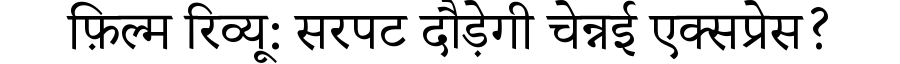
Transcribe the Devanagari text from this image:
फ़िल्म रिव्यू: सरपट दौड़ेगी चेन्नई एक्सप्रेस?